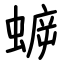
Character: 蝷